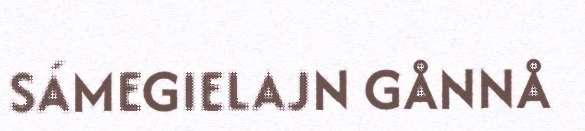
SÁMEGIELAJN GÅNNÅ